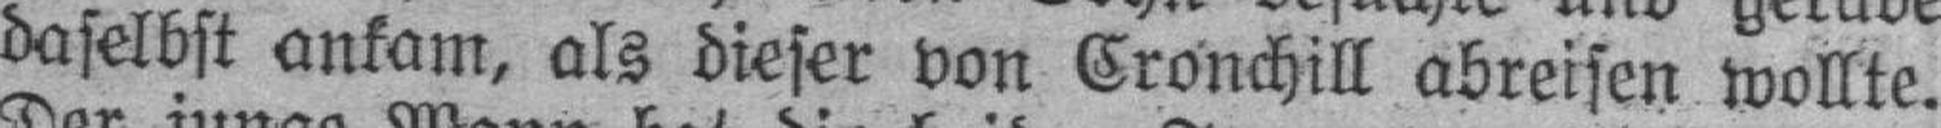
daselbst ankam, als dieser von Cronchill abreisen wollte.